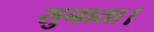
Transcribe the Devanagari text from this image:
सुनाता।